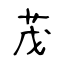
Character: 茂